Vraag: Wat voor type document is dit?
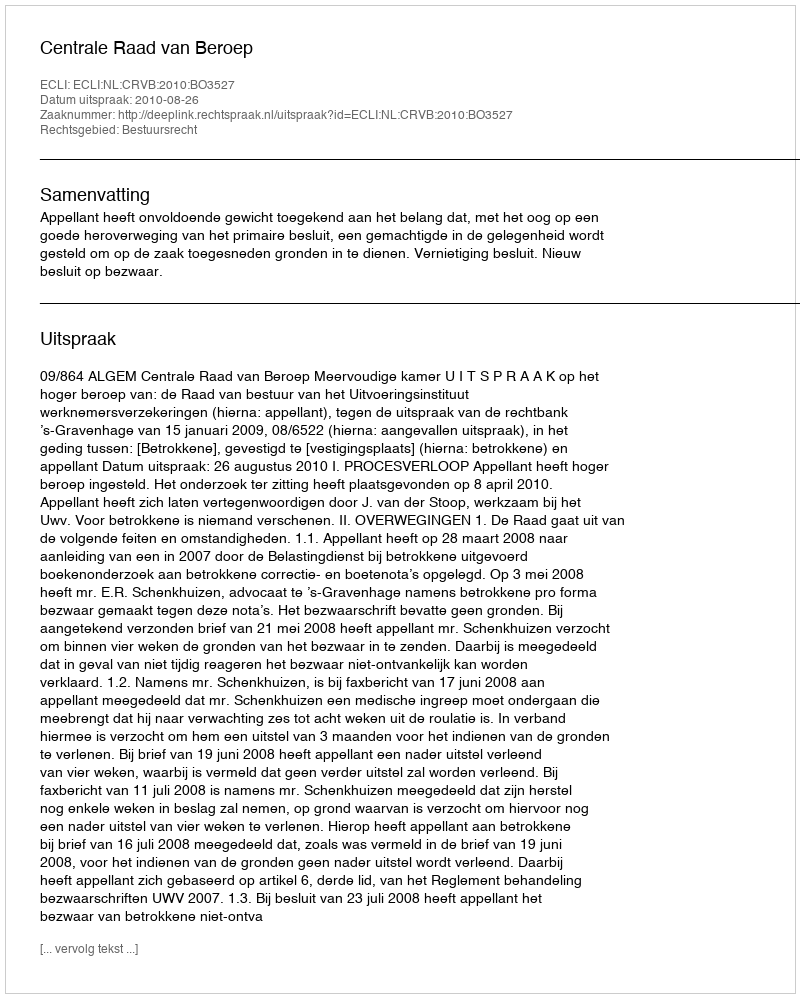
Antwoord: Uitspraak